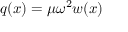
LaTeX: q ( x ) = \mu \omega ^ { 2 } w ( x )